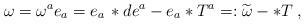
LaTeX: \begin{align*}\omega =\omega ^{a}e_{a}=e_{a}\, \ast de^{a}-e_{a}\ast T^{a}=:\widetilde{\omega }-\ast T\; ,\end{align*}